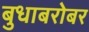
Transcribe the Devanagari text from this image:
बुधाबरोबर